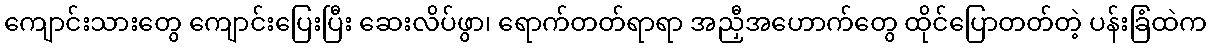
ကျောင်းသားတွေ ကျောင်းပြေးပြီး ဆေးလိပ်ဖွာ၊ ရောက်တတ်ရာရာ အညှီအဟောက်တွေ ထိုင်ပြောတတ်တဲ့ ပန်းခြံထဲက